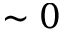
\sim 0